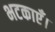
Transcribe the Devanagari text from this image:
भटकाएँ।